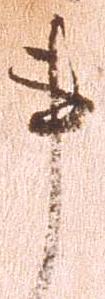
事